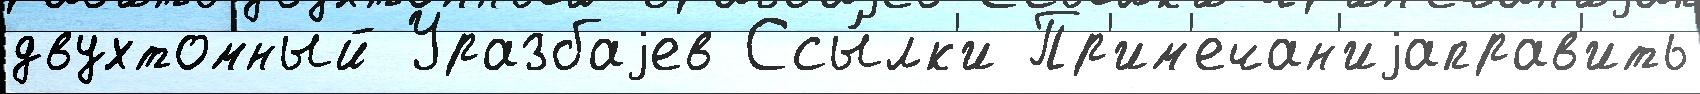
двухтомный Уразбаjев Ссы́лк'и Пр'им'ечан'иjаправ'ить